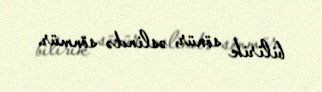
bilirik sönür, əslində sönmür.